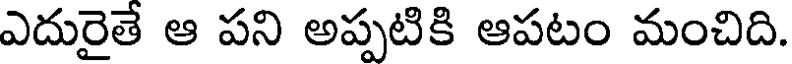
ఎదురైతే ఆ పని అప్పటికి ఆపటం మంచిది.